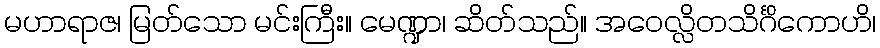
မဟာရာဇ၊ မြတ်သော မင်းကြီး။ မေဏ္ဍာ၊ ဆိတ်သည်။ အဝေလ္လိတသိင်္ဂိကောဟိ၊